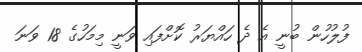
ފުލުހުން ބުނީ އެ ދެ ހައްޔަރު ކޮށްފައި ވަނީ މިމަހުގެ 18 ވަނަ